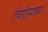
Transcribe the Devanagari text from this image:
चिड़ियाघर।